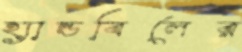
হ্যান্ডবিলের